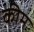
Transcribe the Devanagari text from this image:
कीम